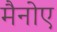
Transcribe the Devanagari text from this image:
मैनोए